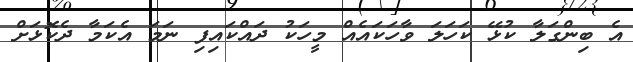
އެ ބިންގަލާ ކުޅޭ ކަހަލަ ވާހަކައެއް މީހަކު ދައްކައިފި ނަމަ އެކަމާ ދެކޮޅަށް